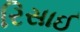
રિસાઈ